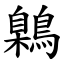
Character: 鷍